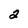
Character: 2